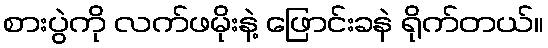
စားပွဲကို လက်ဖမိုးနဲ့ ဖြောင်းခနဲ ရိုက်တယ်။